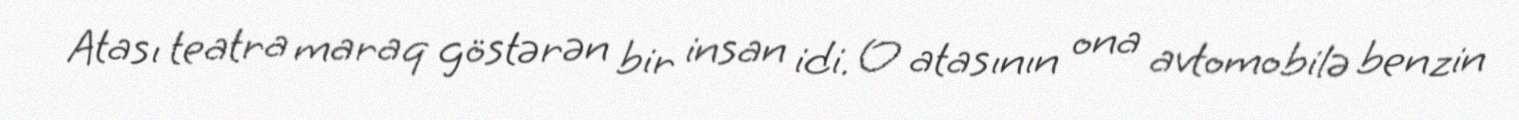
Atası teatra maraq göstərən bir insan idi. O atasının ona avtomobilə benzin